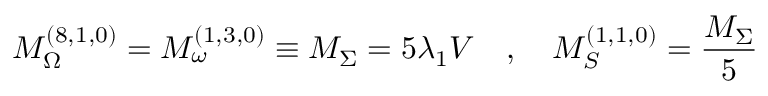
M _ { \Omega } ^ { ( 8 , 1 , 0 ) } = M _ { \omega } ^ { ( 1 , 3 , 0 ) } \equiv M _ { \Sigma } = 5 \lambda _ { 1 } V \quad , \quad M _ { S } ^ { ( 1 , 1 , 0 ) } = \frac { M _ { \Sigma } } { 5 }